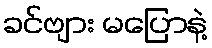
ခင်ဗျား မပြောနဲ့